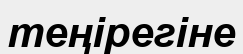
теңірегіне